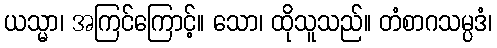
ယသ္မာ၊ အကြင်ကြောင့်။ သော၊ ထိုသူသည်။ တံစာဂသမ္ပဒံ၊